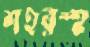
শহরস্হ